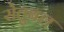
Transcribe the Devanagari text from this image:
सेतुबल